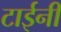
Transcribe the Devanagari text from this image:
टाईनी